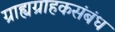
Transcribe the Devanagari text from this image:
ग्राह्यग्राहकसंबंध